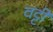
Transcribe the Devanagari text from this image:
वट्टी